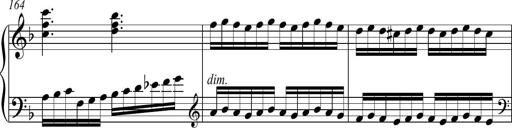
Title: Piano Sonatina in A major
Composer: Z Q Sysmoebius
Key: A major